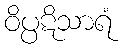
ဝိပ္ပဋိသာရံ